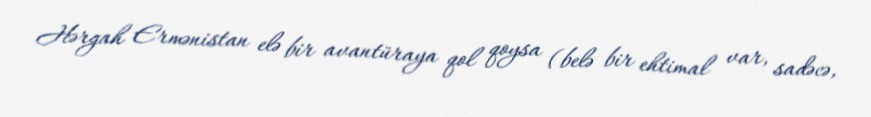
Hərgah Ermənistan elə bir avantüraya qol qoysa (belə bir ehtimal var, sadəcə,